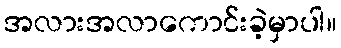
အလားအလာကောင်းခဲ့မှာပါ။